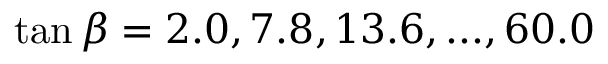
\tan \beta = 2 . 0 , 7 . 8 , 1 3 . 6 , . . . , 6 0 . 0